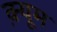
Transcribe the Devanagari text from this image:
क़्यूम